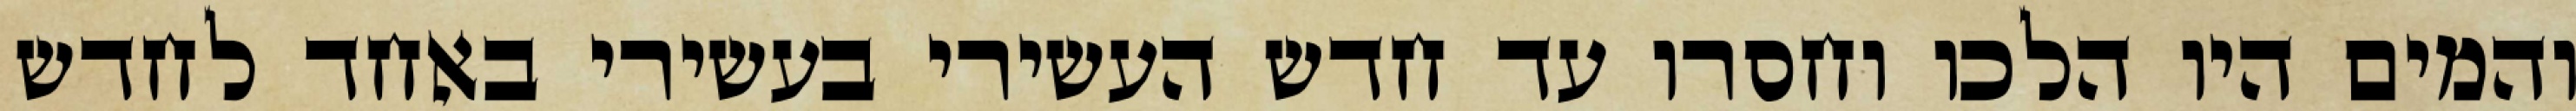
והמים היו הלכו וחסרו עד חדש העשירי בעשירי באחד לחדש